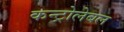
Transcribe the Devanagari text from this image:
कन्ट्रोलेबल